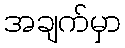
အချက်မှာ